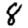
Digit: 8